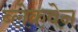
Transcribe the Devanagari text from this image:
ब्लेकवेन